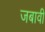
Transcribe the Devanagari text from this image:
जबावी